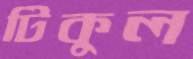
টিকুল